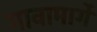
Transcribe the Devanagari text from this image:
गावामार्गे